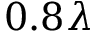
0 . 8 \lambda